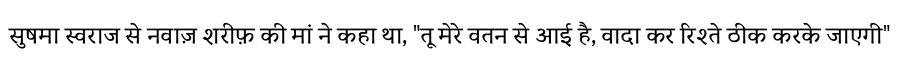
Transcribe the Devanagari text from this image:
सुषमा स्वराज से नवाज़ शरीफ़ की मां ने कहा था, "तू मेरे वतन से आई है, वादा कर रिश्ते ठीक करके जाएगी"